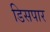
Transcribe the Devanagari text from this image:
डिसपार